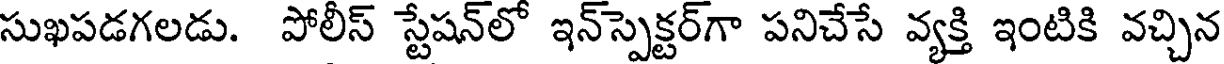
సుఖపడగలడు. పోలీస్ స్టేషన్లో ఇన్స్పెక్టర్గా పనిచేసే వ్యక్తి ఇంటికి వచ్చిన